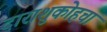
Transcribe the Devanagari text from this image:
दाराशुकोहचा